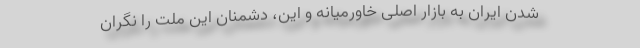
شدن ایران به بازار اصلی خاورمیانه و این، دشمنان این ملت را نگران